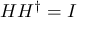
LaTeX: H H ^ { \dagger } = I